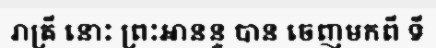
រាត្រី នោះ ព្រះអានន្ទ បាន ចេញមកពី ទី